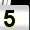
Digit: 5